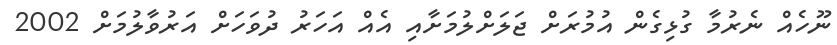
ނޫހެއް ނެރުމާ ގުޅިގެން އުމުރަށް ޖަލަށްލުމަށާއި އެއް އަހަރު ދުވަހަށް އަރުވާލުމަށް 2002